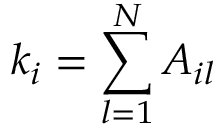
k _ { i } = \sum _ { l = 1 } ^ { N } A _ { i l }